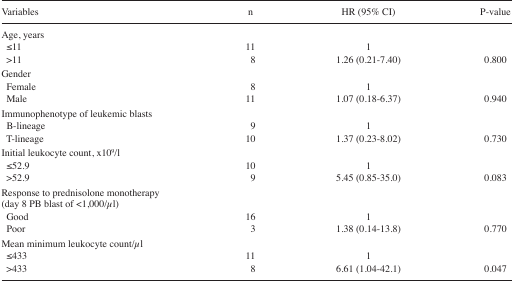
<table><thead><tr><td><b>Variables</b></td><td><b>n</b></td><td><b>HR (95% CI)</b></td><td><b>P-value</b></td></tr></thead><tbody><tr><td>Age, years</td><td></td><td></td><td></td></tr><tr><td> ≤11</td><td>11</td><td>1</td><td></td></tr><tr><td> &gt;11</td><td>8</td><td>1.26 (0.21–7.40)</td><td>0.800</td></tr><tr><td>Gender</td><td></td><td></td><td></td></tr><tr><td> Female</td><td>8</td><td>1</td><td></td></tr><tr><td> Male</td><td>11</td><td>1.07 (0.18–6.37)</td><td>0.940</td></tr><tr><td>Immunophenotype of leukemic blasts</td><td></td><td></td><td></td></tr><tr><td> B-lineage</td><td>9</td><td>1</td><td></td></tr><tr><td> T-lineage</td><td>10</td><td>1.37 (0.23–8.02)</td><td>0.730</td></tr><tr><td>Initial leukocyte count, ×10<sup>9</sup>/l</td><td></td><td></td><td></td></tr><tr><td> ≤52.9</td><td>10</td><td>1</td><td></td></tr><tr><td> &gt;52.9</td><td>9</td><td>5.45 (0.85–35.0)</td><td>0.083</td></tr><tr><td>Response to prednisolone monotherapy (day 8 PB blast of &lt;1,000/μl)</td><td></td><td></td><td></td></tr><tr><td> Good</td><td>16</td><td>1</td><td></td></tr><tr><td> Poor</td><td>3</td><td>1.38 (0.14–13.8)</td><td>0.770</td></tr><tr><td>Mean minimum leukocyte count/μl</td><td></td><td></td><td></td></tr><tr><td> ≤433</td><td>11</td><td>1</td><td></td></tr><tr><td> &gt;433</td><td>8</td><td>6.61 (1.04–42.1)</td><td>0.047</td></tr></tbody></table>